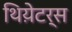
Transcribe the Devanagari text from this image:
थिय़ेटर्स